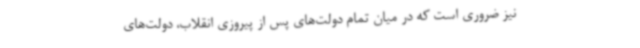
نیز ضروری است که در میان تمام دولت‌های پس از پیروزی انقلاب، دولت‌های